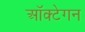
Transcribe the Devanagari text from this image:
ऑक्टेगन